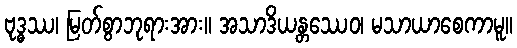
ဗုဒ္ဓဿ၊ မြတ်စွာဘုရားအား။ အသာဒိယန္တဿေဝ၊ မသာယာစေကာမူ။